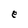
Character: e